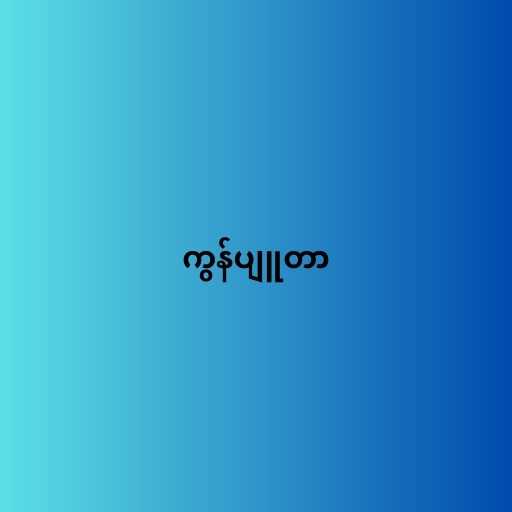
ကွန်ပျူတာ